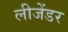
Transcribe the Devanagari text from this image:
लीजेंडर